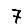
Digit: 7